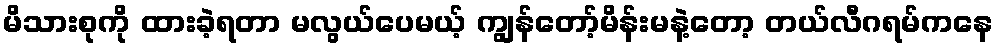
မိသားစုကို ထားခဲ့ရတာ မလွယ်ပေမယ့် ကျွန်တော့်မိန်းမနဲ့တော့ တယ်လီဂရမ်ကနေ